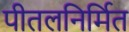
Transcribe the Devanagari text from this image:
पीतलनिर्मित